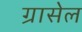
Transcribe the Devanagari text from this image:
ग्रासेल